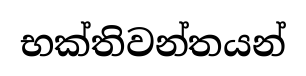
භක්තිවන්තයන්